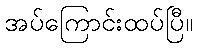
အပ်ကြောင်းထပ်ပြီ။